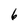
Character: 6